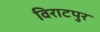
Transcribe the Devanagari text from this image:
विराटपुर